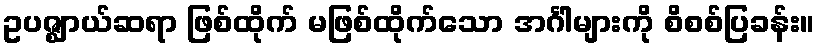
ဥပဇ္ဈာယ်ဆရာ ဖြစ်ထိုက် မဖြစ်ထိုက်သော အင်္ဂါများကို စိစစ်ပြခန်း။